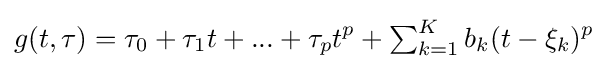
g(t,\tau )=\tau _{0}+\tau _{1}t+...+\tau _{p}t^{p}+\textstyle \sum _{k=1}^{K}\displaystyle b_{k}(t-\xi _{k})^{p}